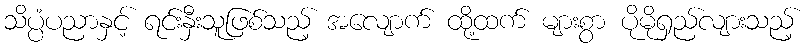
သိပ္ပံပညာနှင့် ရင်းနှီးသူဖြစ်သည့် အလျောက် ထို့ထက် များစွာ ပိုမိုရှည်လျားသည့်